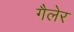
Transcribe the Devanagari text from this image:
गैलेर